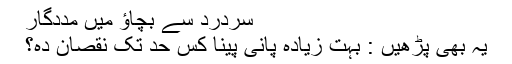
سردرد سے بچاﺅ میں مددگار
یہ بھی پڑھیں : بہت زیادہ پانی پینا کس حد تک نقصان دہ؟